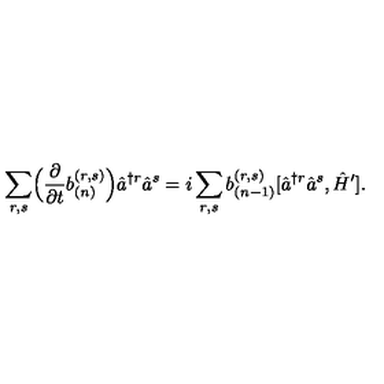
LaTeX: \sum _ { r , s } \Bigl ( \frac { \partial } { \partial t } b _ { ( n ) } ^ { ( r , s ) } \Bigr ) \hat { a } ^ { \dagger r } \hat { a } ^ { s } = i \sum _ { r , s } b _ { ( n - 1 ) } ^ { ( r , s ) } [ \hat { a } ^ { \dagger r } \hat { a } ^ { s } , \hat { H } ^ { \prime } ] .